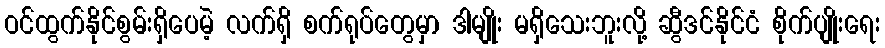
ဝင်ထွက်နိုင်စွမ်းရှိပေမဲ့ လက်ရှိ စက်ရုပ်တွေမှာ ဒါမျိုး မရှိသေးဘူးလို့ ဆွီဒင်နိုင်ငံ စိုက်ပျိုးရေး